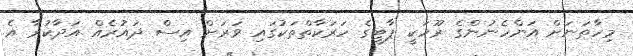
މިހާތަނަށް އަންހެނުންގެ ރޫހަކީ ޕާޓީގެ ހަރަކާތްތަކުގައި ވަރަށް އިސް ދައުރެއް އަދާކުރާ އެ